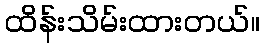
ထိန်းသိမ်းထားတယ်။